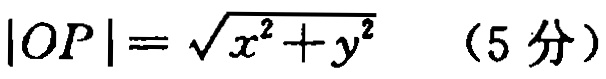
\(|OP|=\sqrt{x^{2}+y^{2}}\) （5分）